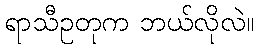
ရာသီဥတုက ဘယ်လိုလဲ။